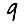
Digit: 9